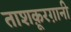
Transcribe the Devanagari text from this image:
ताशक़ूरग़ानी